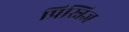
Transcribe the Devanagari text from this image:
प्रिस्निज